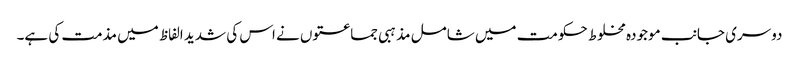
دوسری جانب موجودہ مخلوط حکومت میں شامل مذہبی جماعتوں نے اس کی شدید الفاظ میں مذمت کی ہے۔